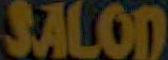
SALOD